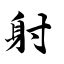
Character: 射